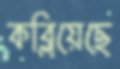
কব্‌লিয়েছে